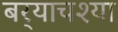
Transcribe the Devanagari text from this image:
बर्‍याचश्या